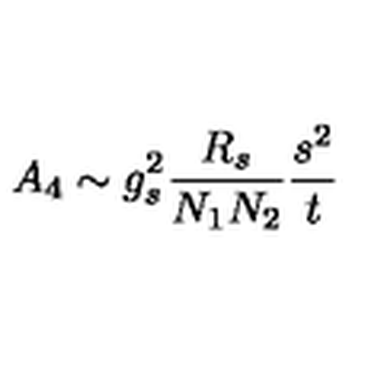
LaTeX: A _ { 4 } \sim g _ { s } ^ { 2 } \frac { R _ { s } } { N _ { 1 } N _ { 2 } } \frac { s ^ { 2 } } { t }